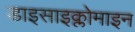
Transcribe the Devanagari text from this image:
डाइसाइक्लोमाइन